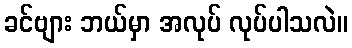
ခင်ဗျား ဘယ်မှာ အလုပ် လုပ်ပါသလဲ။